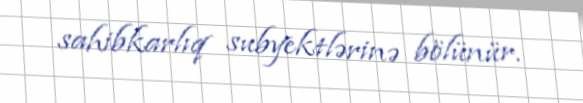
sahibkarlıq subyektlərinə bölünür.